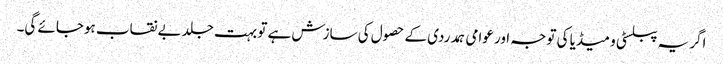
اگر یہ پبلسٹی و میڈیا کی توجہ اور عوامی ہمدردی کے حصول کی سازش ہے تو بہت جلد بے نقاب ہوجائے گی۔